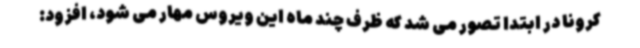
کرونا در ابتدا تصور می شد که ظرف چند ماه این ویروس مهار می شود، افزود: